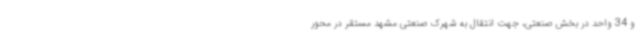
و 34 واحد در بخش صنعتی، جهت انتقال به شهرک صنعتی مشهد مستقر در محور